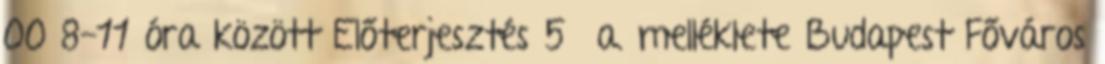
00 8-11 óra között Előterjesztés 5 a. melléklete Budapest Főváros